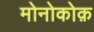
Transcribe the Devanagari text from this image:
मोनोकोक़